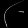
Digit: ၂